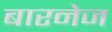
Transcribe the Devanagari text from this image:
बारनेज